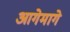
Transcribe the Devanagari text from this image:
आगेमागे